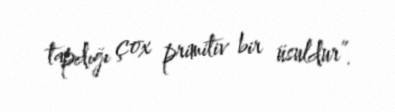
tapdığı çox primitiv bir üsuldur”.